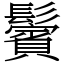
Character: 鬢